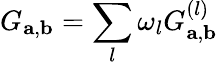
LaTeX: G_{\mathbf{a},\mathbf{b}}=\sum_{l}\omega_{l}G_{\mathbf{a},\mathbf{b}}^{(l)}